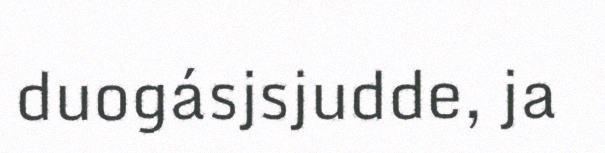
duogásjsjudde, ja